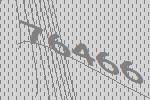
76466